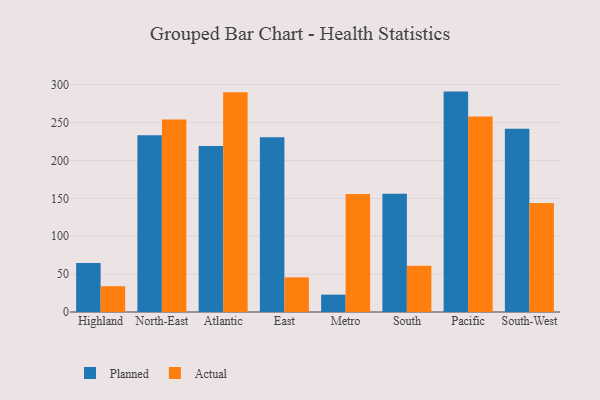
{"axis": {"x": "Region", "y": "Budget (USD K)"}, "legend": ["Actual", "Planned"], "data": [{"x": "Highland", "y": 64.7, "type": "Planned"}, {"x": "Highland", "y": 34.0, "type": "Actual"}, {"x": "North-East", "y": 233.3, "type": "Planned"}, {"x": "North-East", "y": 254.1, "type": "Actual"}, {"x": "Atlantic", "y": 219.0, "type": "Planned"}, {"x": "Atlantic", "y": 289.9, "type": "Actual"}, {"x": "East", "y": 230.8, "type": "Planned"}, {"x": "East", "y": 45.7, "type": "Actual"}, {"x": "Metro", "y": 22.9, "type": "Planned"}, {"x": "Metro", "y": 155.8, "type": "Actual"}, {"x": "South", "y": 156.2, "type": "Planned"}, {"x": "South", "y": 60.9, "type": "Actual"}, {"x": "Pacific", "y": 290.9, "type": "Planned"}, {"x": "Pacific", "y": 257.9, "type": "Actual"}, {"x": "South-West", "y": 241.9, "type": "Planned"}, {"x": "South-West", "y": 143.9, "type": "Actual"}]}